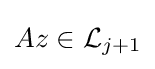
Az\in {\mathcal {L}}_{j+1}